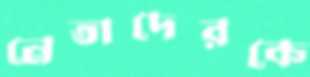
নেতাদেরকে